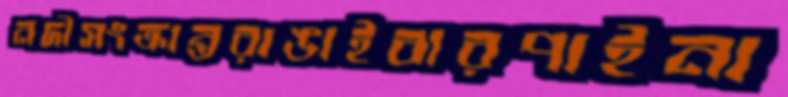
নদীসংক্রান্তরাঙাইবারপাইনা